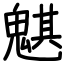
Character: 魌